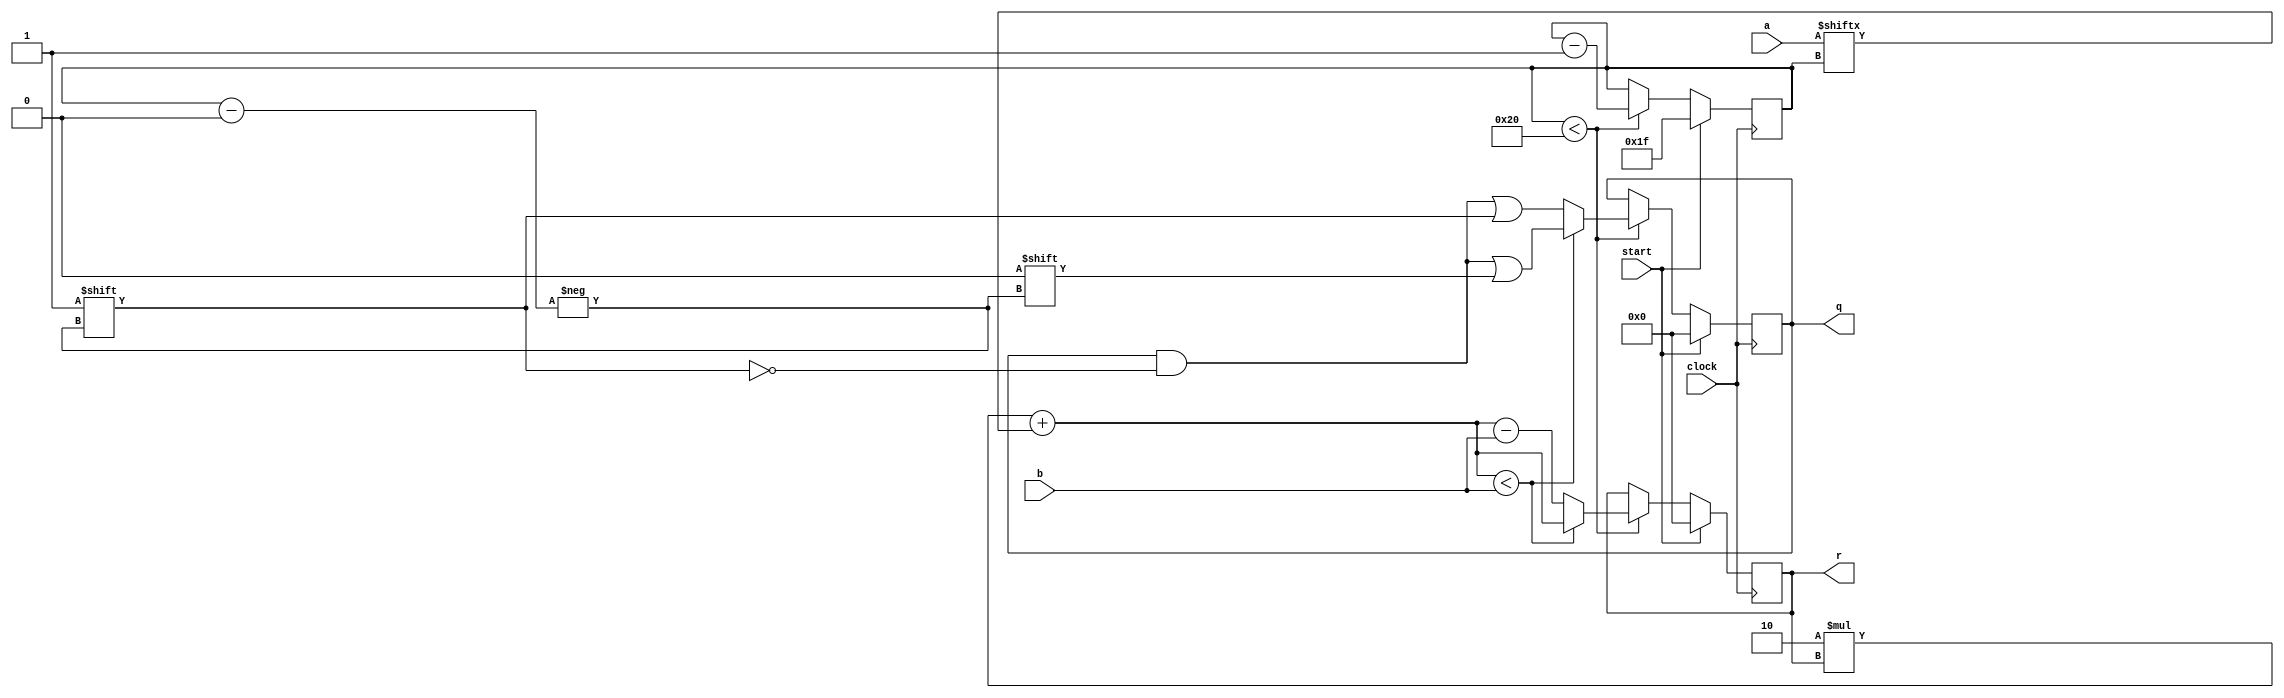
module Division(
	input         clock,
	input         start,
	input  [31:0] a, // Zahl A
	input  [31:0] b, // Zahl B (divisor)
	output [31:0] q, // Quotient 
	output [31:0] r  // Rest
);
/* Version: 1.0.0 */

reg[5:0] pos; // position pointer
reg[31:0] r, q, s; // r = rest, q = quotient, s = R' (formular, current rest)

always @(posedge clock ) begin
    if(start) begin
		// set everything to 0, and pos to N-1, N = 32
        pos <= 6'd31;
        q <= 32'd0;
        r <= 32'd0;
        s <= 32'd0;
    end else if(pos < 32) begin // prevent infinite loops
        s = 2'd2 * r + a[pos];

        if(s < b) begin
            q[pos] = 0;
            r = s;
        end else begin
            q[pos] = 1;
            r = s - b;
        end
        
		// move position pointer to the right
        pos = pos - 1;
    end
end

    
endmodule